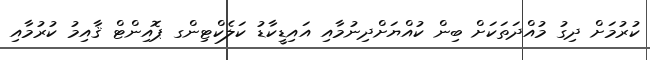
ކުރުމަށް ދިގު މުއްދަތަކަށް ބިން ކުއްޔަށްދިނުމާއި އައިޑީކާޑު ކަލެކްޓިންގ ޕޮއިންޓް ޤާއިމު ކުރުމާއި